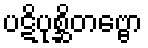
ပဋိပုစ္ဆိတဗ္ဗော